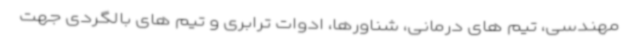
مهندسی، تیم های درمانی، شناورها، ادوات ترابری و تیم های بالگردی جهت